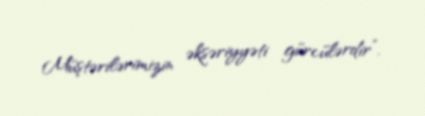
Müştərilərimizin əksəriyyəti gürcülərdir”.